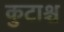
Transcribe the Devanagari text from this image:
कुटाश्च